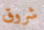
شروق